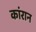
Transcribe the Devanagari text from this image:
कांरान